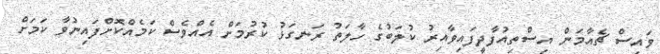
ވައިސް ޗެއާމަން އިސްތިއުފާދީފައިވާއިރު ކުލަބުގެ ހާލަތު ރަނގަޅު ކުރުމަށް އެއްވެސް ކަމެއްކޮށްފައިނުވާ ކަމަށް